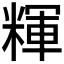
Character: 𰫃